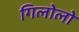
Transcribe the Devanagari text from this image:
गिलोलो